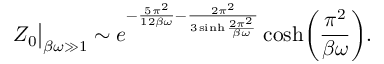
Z _ { 0 } \big | _ { \beta \omega \gg 1 } \sim e ^ { - \frac { 5 \pi ^ { 2 } } { 1 2 \beta \omega } - \frac { 2 \pi ^ { 2 } } { 3 \sinh \frac { 2 \pi ^ { 2 } } { \beta \omega } } } \cosh \biggl ( \frac { \pi ^ { 2 } } { \beta \omega } \biggr ) .